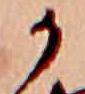
か